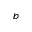
^ b